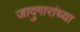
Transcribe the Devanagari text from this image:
जादुगारांच्या